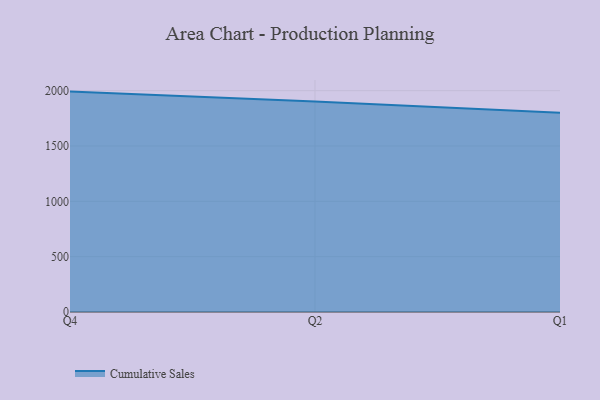
{"axis": {"x": "Quarter", "y": "Headcount"}, "legend": ["Cumulative Sales"], "data": [{"x": "Q4", "y": 1991.7, "type": "Cumulative Sales"}, {"x": "Q2", "y": 1903.2, "type": "Cumulative Sales"}, {"x": "Q1", "y": 1800.3, "type": "Cumulative Sales"}]}